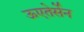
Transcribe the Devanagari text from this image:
ऊएतेर्सेन